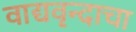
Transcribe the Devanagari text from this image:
वाद्यवृन्दाचा